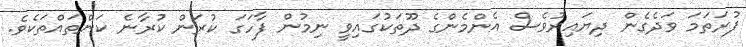
ފުރަތަމަ ވަދެގެން ދިޔައިރުވެސް އެންމެންގެ ދޫތަކުގައިވީ ނިމުން ފާހަގަ ކުރަން ކުރާނެ ކަންތައްތަކެވެ.